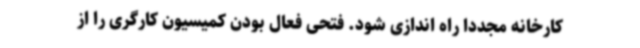
کارخانه مجددا راه اندازی شود. فتحی فعال بودن کمیسیون کارگری را از